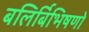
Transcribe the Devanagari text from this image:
बलिर्बिभिषणो